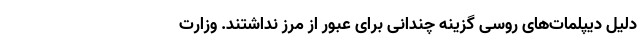
دلیل دیپلمات‌های روسی گزینه چندانی برای عبور از مرز نداشتند. وزارت